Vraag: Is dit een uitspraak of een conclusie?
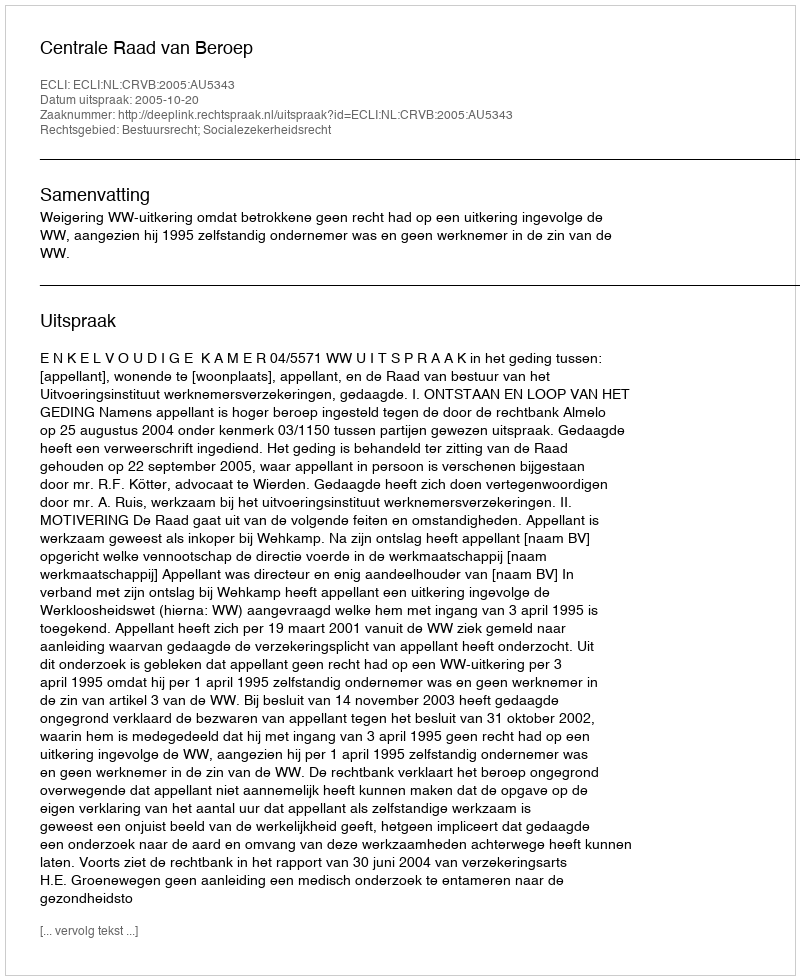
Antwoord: Uitspraak